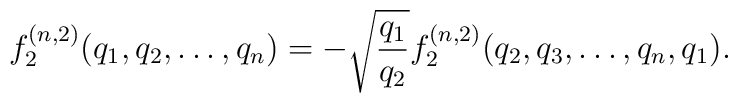
f^{(n,2)}_2(q_1,q_2,\dots,q_n) =         -\sqrt{\frac{q_1}{q_2}} f^{(n,2)}_2(q_2,q_3,\dots,q_n,q_1).